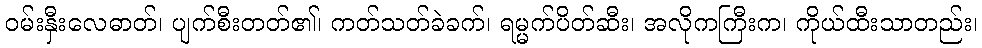
ဝမ်းနှီးလေဓာတ်၊ ပျက်စီးတတ်၏၊ ကတ်သတ်ခဲခက်၊ ရမ္မက်ပိတ်ဆီး၊ အလိုကကြီးက၊ ကိုယ်ထီးသာတည်း၊